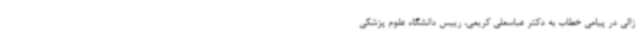
زالی در پیامی خطاب به دکتر عباسعلی کریمی، رییس دانشگاه علوم پزشکی